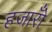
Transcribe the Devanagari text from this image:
हजारोँ